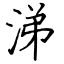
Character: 涕